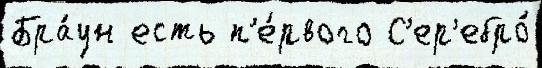
Бра́ун есть п'е́рвого С'ер'ебро́